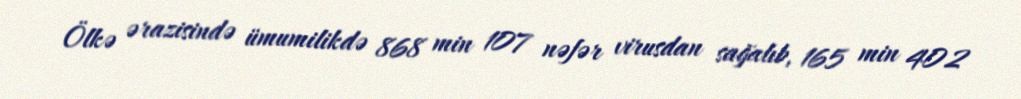
Ölkə ərazisində ümumilikdə 868 min 107 nəfər virusdan sağalıb, 165 min 402